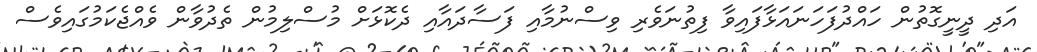
އަދި ދީނީގޮތުން ހައްދުފަހަނައަޅާފައިވާ ފިތުނަވެރި ވިސްނުމާއި ފަސާދައާއި ދެކޮޅަށް މުސްލިމުން ތެދުވާން ވެއްޖެކަމުގައިވެސް